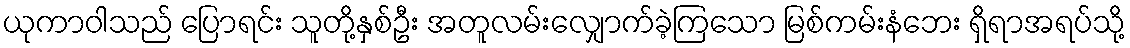
ယုကာဝါသည် ပြောရင်း သူတို့နှစ်ဦး အတူလမ်းလျှောက်ခဲ့ကြသော မြစ်ကမ်းနံဘေး ရှိရာအရပ်သို့